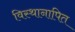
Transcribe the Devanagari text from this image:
विस्थानापित